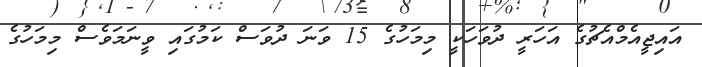
އައިޖީއެމްއެޗުގެ އަހަރީ ދުވަހަކީ މިމަހުގެ 15 ވަނަ ދުވަސް ކަމުގައި ވީނަމަވެސް މިމަހުގެ